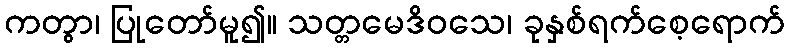
ကတွာ၊ ပြုတော်မူ၍။ သတ္တမေဒိဝသေ၊ ခုနှစ်ရက်စေ့ရောက်